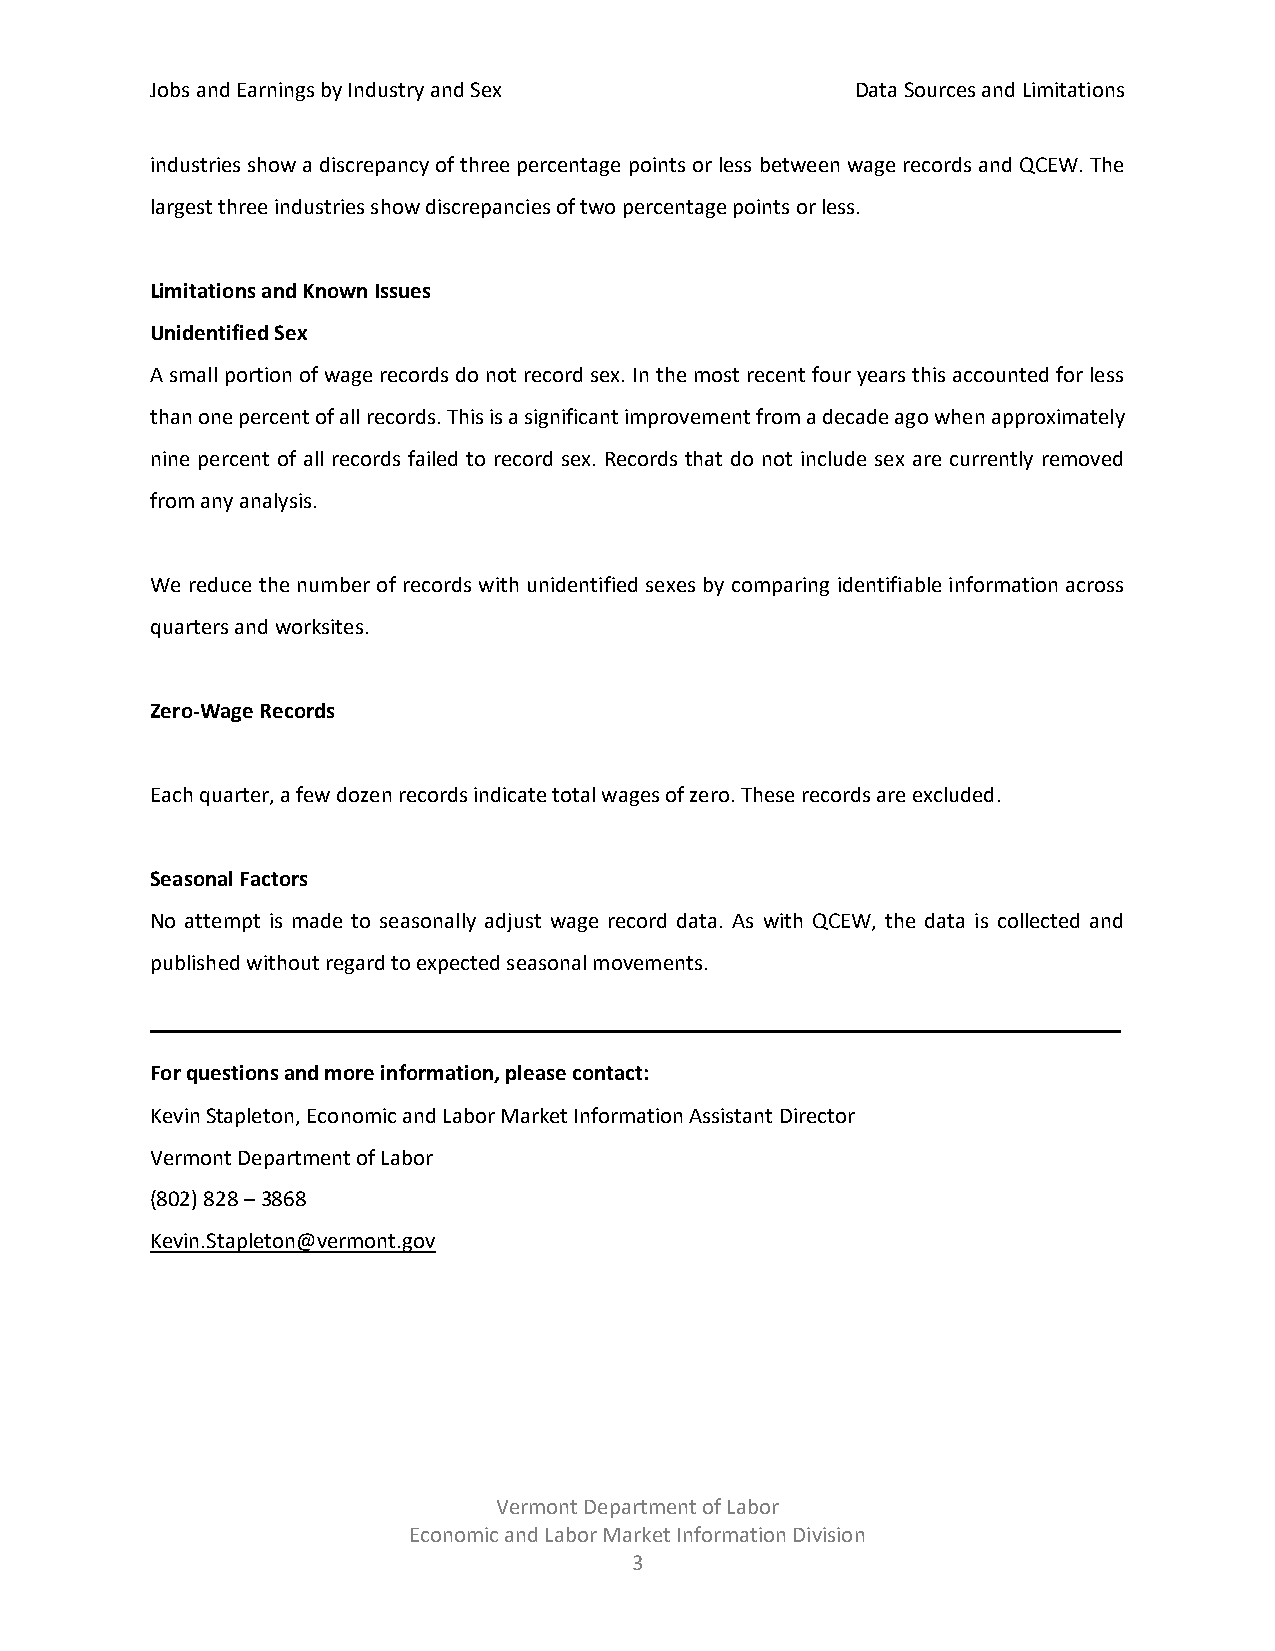
Jobs and Earnings by Industry and Sex          Data Sources and Limitations
 industries show a discrepancy of three percentage points or less between wage records and QCEW. The
 largest three industries show discrepancies of two percentage points or less.
 Limitations and Known Issues
 Unidentified Sex
 A small portion of wage records do not record sex. In the most recent four years this accounted for less
 than one percent of all records. This is a significant improvement from a decade ago when approximately
 nine percent of all records failed to record sex. Records that do not include sex are currently removed
 from any analysis.
 We reduce the number of records with unidentified sexes by comparing identifiable information across
 quarters and worksites.
 Zero-Wage Records
 Each quarter, a few dozen records indicate total wages of zero. These records are excluded.
 Seasonal Factors
 No attempt is made to seasonally adjust wage record data. As with QCEW, the data is collected and
 published without regard to expected seasonal movements.
 ____________________________________________________
 For questions and more information, please contact:
 Kevin Stapleton, Economic and Labor Market Information Assistant Director
 Vermont Department of Labor
 (802) 828 – 3868
 Kevin.Stapleton@vermont.gov
 Vermont Department of Labor
 Economic and Labor Market Information Division
 3